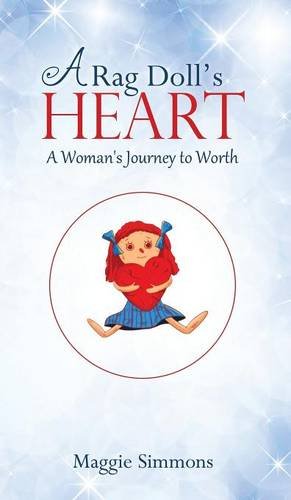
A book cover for A Rag Doll's Heart; Maggie Simmons; Literature & Fiction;